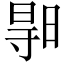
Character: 𣈗